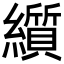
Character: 𬘋